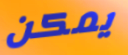
يمكن